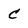
Character: C